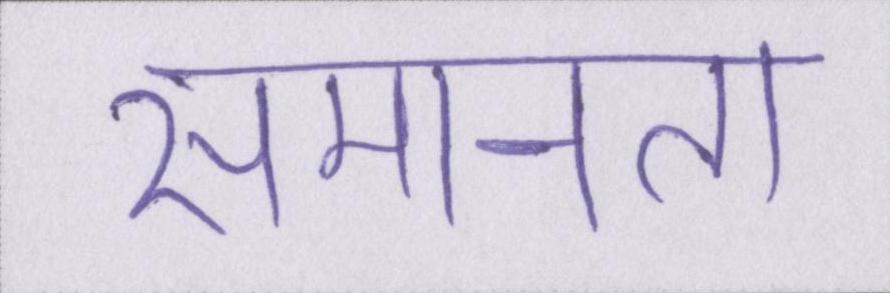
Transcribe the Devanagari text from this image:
समानता